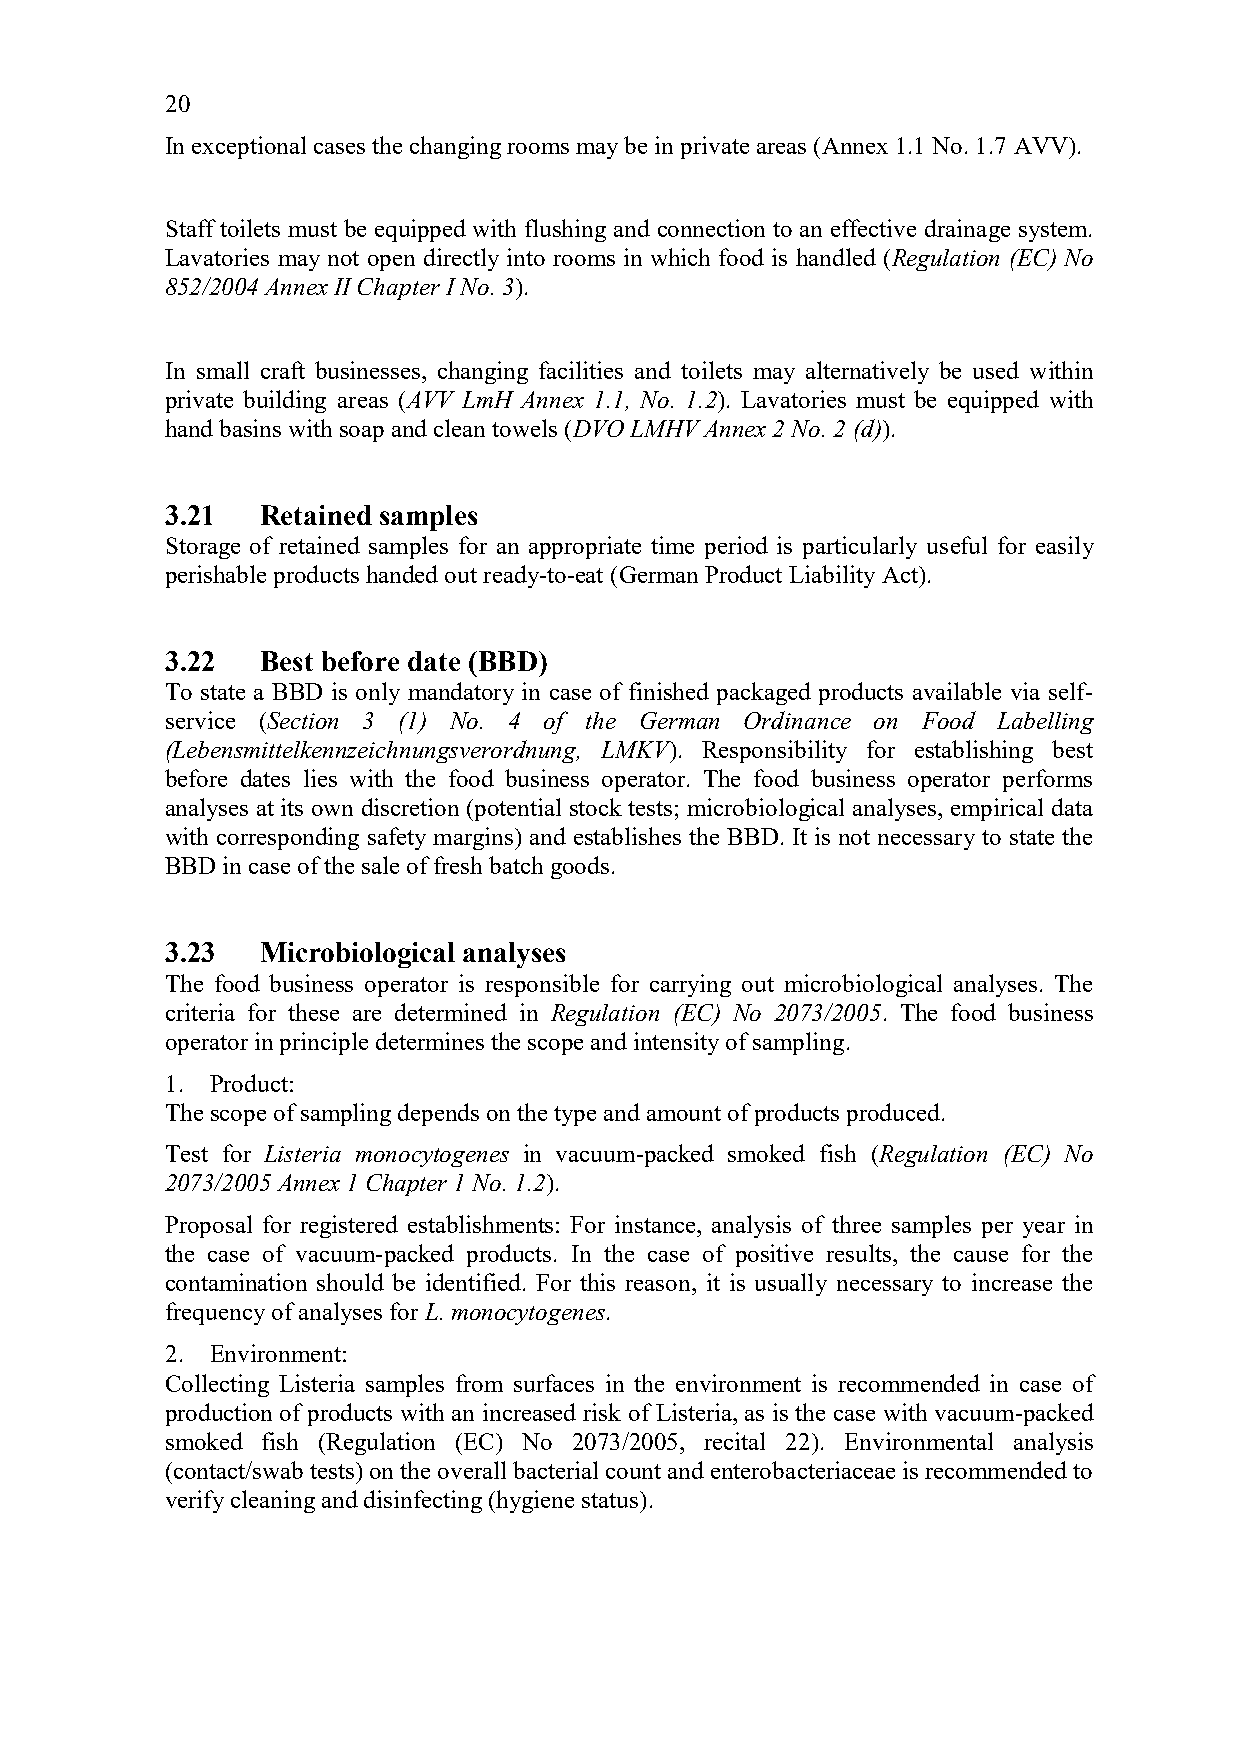
20
 In exceptional cases the changing rooms may be in private areas (Annex 1.1 No. 1.7 AVV).
 Staff toilets must be equipped with flushing and connection to an effective drainage system.
 Lavatories may not open directly into rooms in which food is handled (Regulation (EC) No
 852/2004 Annex II Chapter I No. 3).
 In small craft businesses, changing facilities and toilets may alternatively be used within
 private building areas (AVV LmH Annex 1.1, No. 1.2). Lavatories must be equipped with
 hand basins with soap and clean towels (DVO LMHV Annex 2 No. 2 (d)).
 3.21  Retained samples
 Storage of retained samples for an appropriate time period is particularly useful for easily
 perishable products handed out ready-to-eat (German Product Liability Act).
 3.22  Best before date (BBD)
 To state a BBD is only mandatory in case of finished packaged products available via self-
 service (Section 3 (1) No. 4 of the German Ordinance on Food Labelling
 (Lebensmittelkennzeichnungsverordnung, LMKV). Responsibility for establishing best
 before dates lies with the food business operator. The food business operator performs
 analyses at its own discretion (potential stock tests; microbiological analyses, empirical data
 with corresponding safety margins) and establishes the BBD. It is not necessary to state the
 BBD in case of the sale of fresh batch goods.
 3.23  Microbiological analyses
 The food business operator is responsible for carrying out microbiological analyses. The
 criteria for these are determined in Regulation (EC) No 2073/2005. The food business
 operator in principle determines the scope and intensity of sampling.
 1. Product:
 The scope of sampling depends on the type and amount of products produced.
 Test for Listeria monocytogenes in vacuum-packed smoked fish (Regulation (EC) No
 2073/2005 Annex 1 Chapter 1 No. 1.2).
 Proposal for registered establishments: For instance, analysis of three samples per year in
 the case of vacuum-packed products. In the case of positive results, the cause for the
 contamination should be identified. For this reason, it is usually necessary to increase the
 frequency of analyses for L. monocytogenes.
 2. Environment:
 Collecting Listeria samples from surfaces in the environment is recommended in case of
 production of products with an increased risk of Listeria, as is the case with vacuum-packed
 smoked fish (Regulation (EC) No 2073/2005, recital 22). Environmental analysis
 (contact/swab tests) on the overall bacterial count and enterobacteriaceae is recommended to
 verify cleaning and disinfecting (hygiene status).